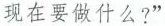
现在要做什么?”